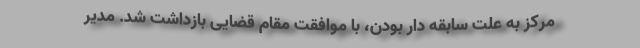
مرکز به علت سابقه دار بودن، با موافقت مقام قضایی بازداشت شد. مدیر